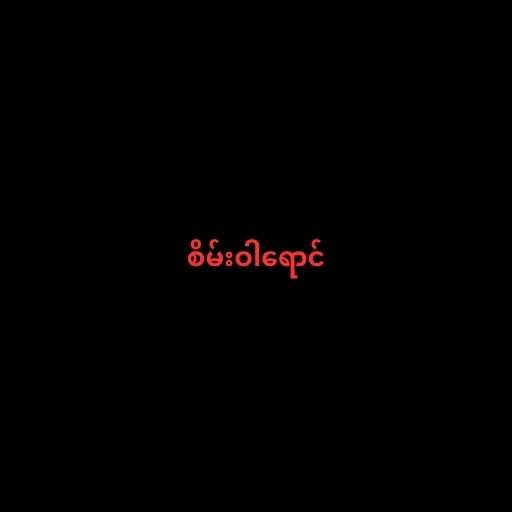
စိမ်းဝါရောင်